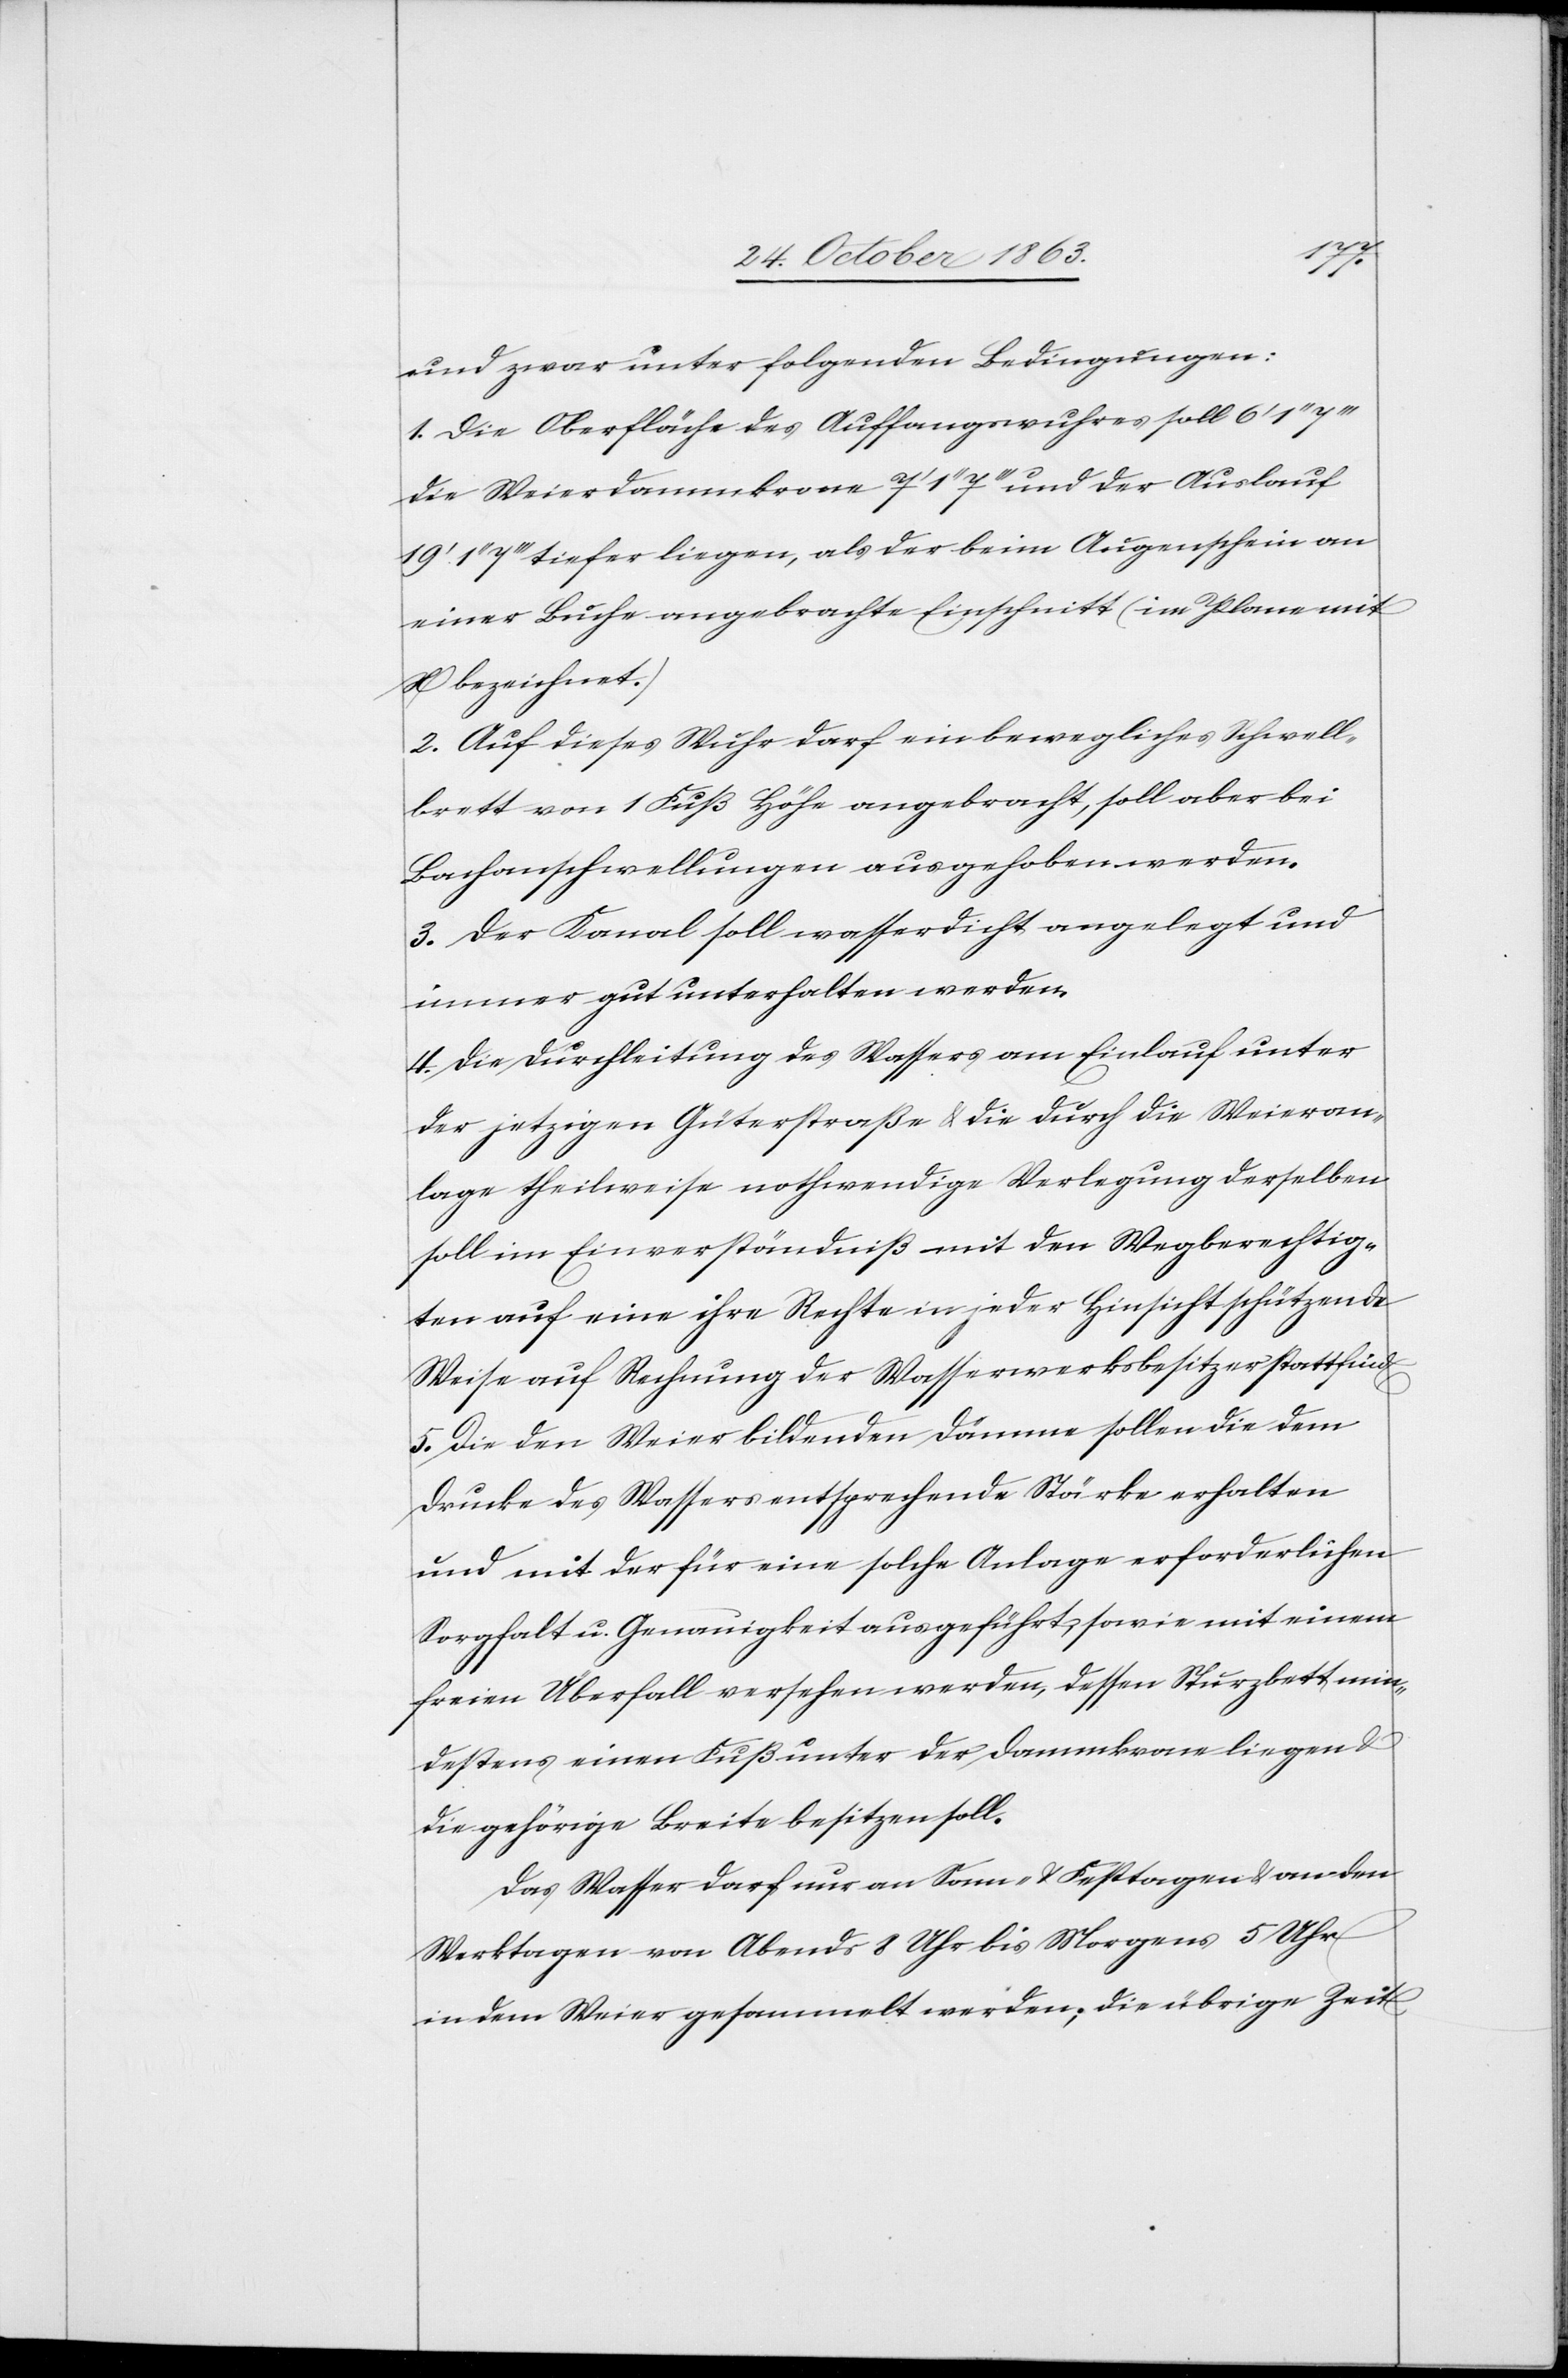
und zwar unter folgenden Bedingungen:
1. Die Oberfläche des Auffangswuhres soll 6' 1''
die Weierdammkrone 7' 1'' 7''' und der Auslauf
tiefer liegen, als der beim Augenschein an
einer Buche angebrachte Einschnitt (im Plane mit
x bezeichnet.)
2. Auf dieses Wuhr darf ein bewegliches Schwell¬
brett von 1 Fuß Höhe angebracht, soll aber bei
Bachanschwellungen ausgehoben werden.
3. Der Kanal soll wasserdicht angelegt und
immer gut unterhalten werden.
4. Die Durchleitung des Wassers am Einlauf unter
der jetzigen Güterstraße & die durch die Weieran¬
lage theilweise nothwendige Verlegung derselben
soll im Einverständniß mit den Wegberechtig¬
ten auf eine ihre Rechte in jeder Hinsicht schützende
Weise auf Rechnung der Wasserwerksbesitzer stattfind[en].
5. Die den Weier bildenden Dämme sollen die dem
Drucke des Wassers entsprechende Stärke erhalten
und mit der für eine solche Anlage erforderlichen
Sorgfalt u. Genauigkeit ausgeführt, sowie mit einem
freien Überfall versehen werden, dessen Sturzbett min¬
destens einen Fuß unter der Dammkrone liegen &
die gehörige Breite besitzen soll.
Das Wasser darf nur an Sonn- & Festtagen & an den
Werktagen von Abends 8 Uhr bis Morgens 5 Uhr
in dem Weier gesammelt werden; die übrige Zeit